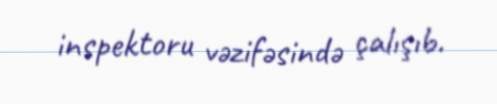
inspektoru vəzifəsində çalışıb.